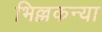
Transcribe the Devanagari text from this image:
भिल्लकन्या